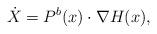
LaTeX: \begin{align*}\dot{X} = P^{b}(x)\cdot \nabla H(x), \end{align*}